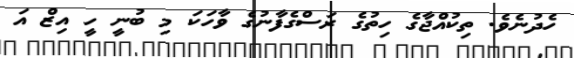
ހެދުނެވެ. ތިކުއްޖާގެ ހިތުގެ ރަސްގެފާނުގެ ވާހަކަ މި ބުނީ ހީ އިޒް އަ